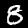
Label: 8